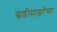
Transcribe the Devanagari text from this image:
खडीसाखरेच्या